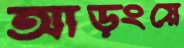
আড়ংয়ে